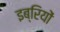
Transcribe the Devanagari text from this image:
इब्रियों